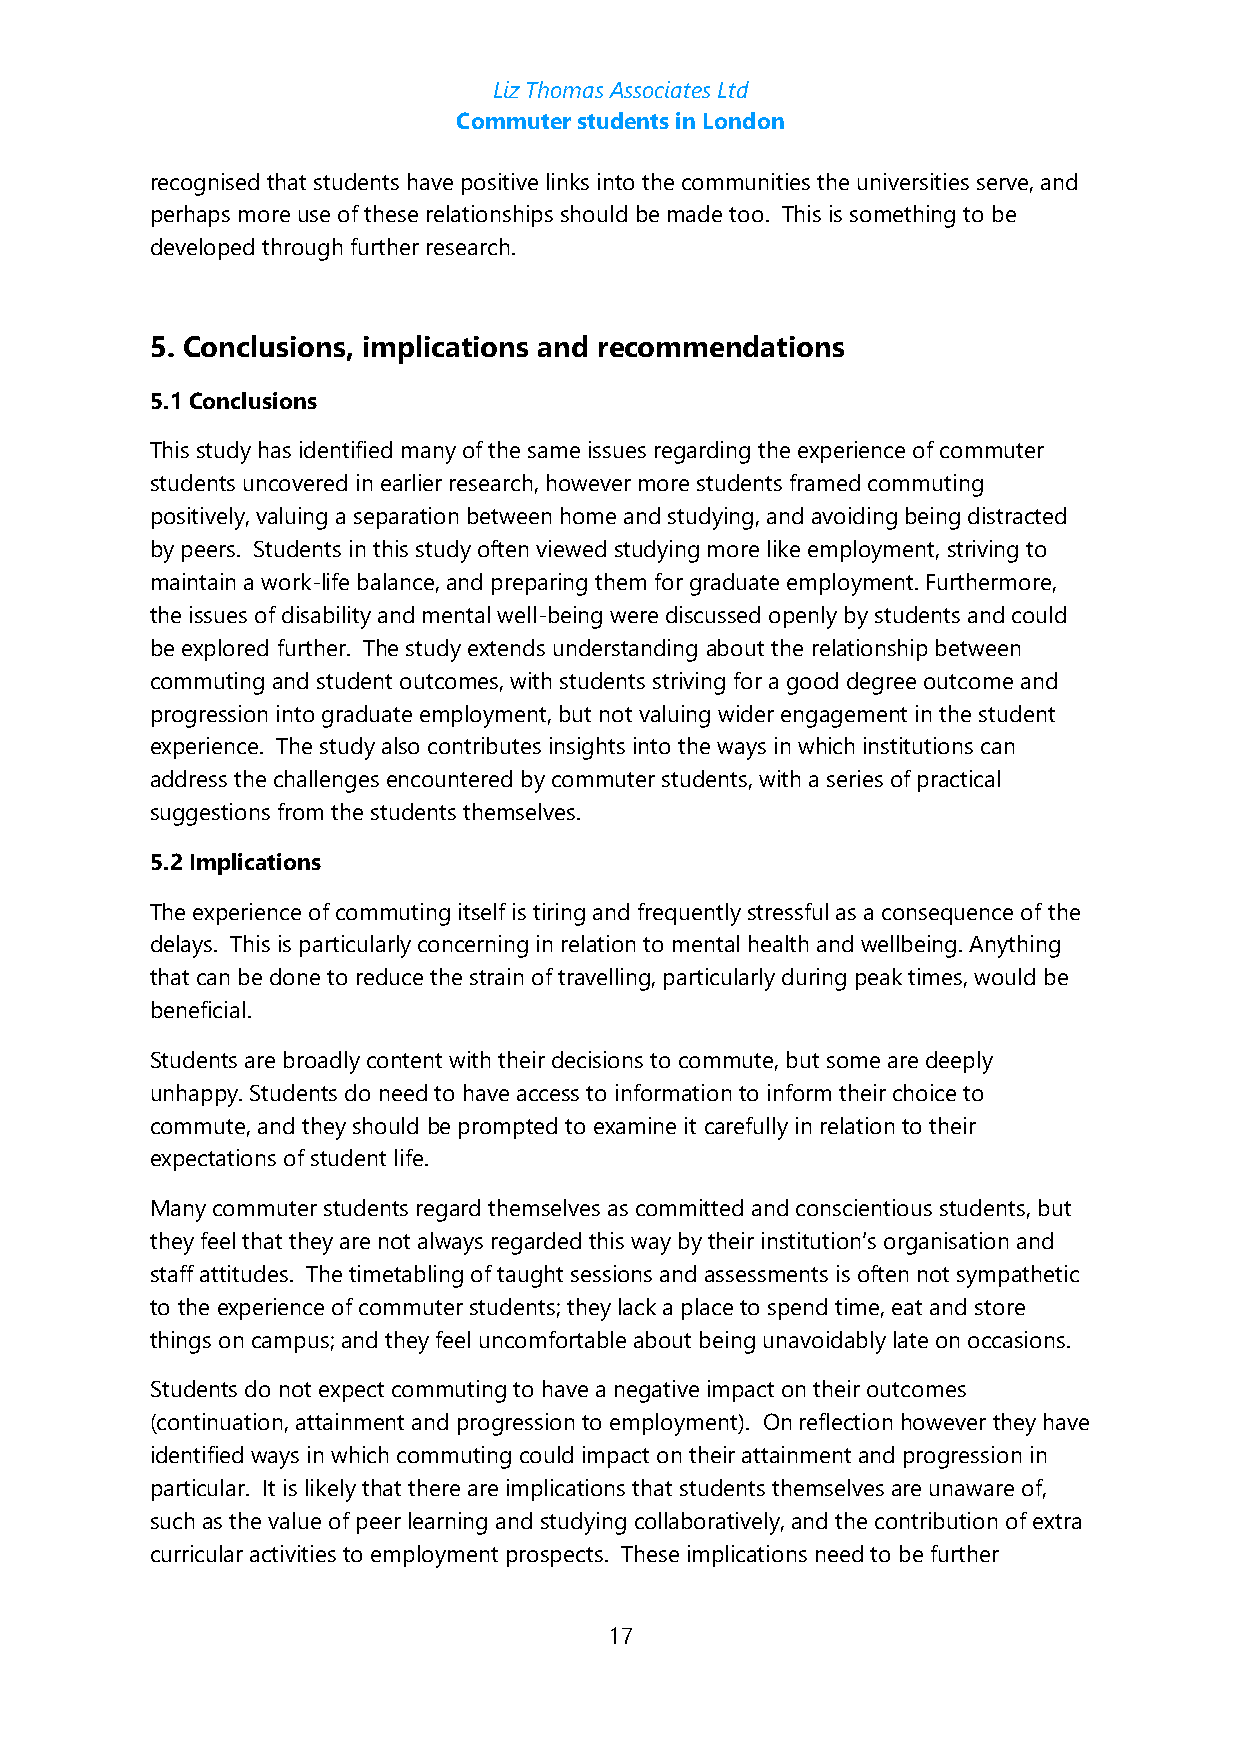
Liz Thomas Associates Ltd
 Commuter students in London
 recognised that students have positive links into the communities the universities serve, and
 perhaps more use of these relationships should be made too. This is something to be
 developed through further research.
 5. Conclusions, implications and recommendations
 5.1 Conclusions
 This study has identified many of the same issues regarding the experience of commuter
 students uncovered in earlier research, however more students framed commuting
 positively, valuing a separation between home and studying, and avoiding being distracted
 by peers. Students in this study often viewed studying more like employment, striving to
 maintain a work-life balance, and preparing them for graduate employment. Furthermore,
 the issues of disability and mental well-being were discussed openly by students and could
 be explored further. The study extends understanding about the relationship between
 commuting and student outcomes, with students striving for a good degree outcome and
 progression into graduate employment, but not valuing wider engagement in the student
 experience. The study also contributes insights into the ways in which institutions can
 address the challenges encountered by commuter students, with a series of practical
 suggestions from the students themselves.
 5.2 Implications
 The experience of commuting itself is tiring and frequently stressful as a consequence of the
 delays. This is particularly concerning in relation to mental health and wellbeing. Anything
 that can be done to reduce the strain of travelling, particularly during peak times, would be
 beneficial.
 Students are broadly content with their decisions to commute, but some are deeply
 unhappy. Students do need to have access to information to inform their choice to
 commute, and they should be prompted to examine it carefully in relation to their
 expectations of student life.
 Many commuter students regard themselves as committed and conscientious students, but
 they feel that they are not always regarded this way by their institution’s organisation and
 staff attitudes. The timetabling of taught sessions and assessments is often not sympathetic
 to the experience of commuter students; they lack a place to spend time, eat and store
 things on campus; and they feel uncomfortable about being unavoidably late on occasions.
 Students do not expect commuting to have a negative impact on their outcomes
 (continuation, attainment and progression to employment). On reflection however they have
 identified ways in which commuting could impact on their attainment and progression in
 particular. It is likely that there are implications that students themselves are unaware of,
 such as the value of peer learning and studying collaboratively, and the contribution of extra
 curricular activities to employment prospects. These implications need to be further
 17